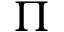
\Pi